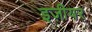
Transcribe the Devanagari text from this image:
इज़ीयर